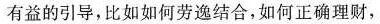
有益的引导，比如如何劳逸结合，如何正确理财，